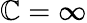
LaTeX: \mathbb{C}=\infty